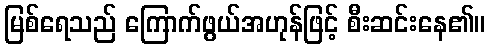
မြစ်ရေသည် ကြောက်ဖွယ်အဟုန်ဖြင့် စီးဆင်းနေ၏။